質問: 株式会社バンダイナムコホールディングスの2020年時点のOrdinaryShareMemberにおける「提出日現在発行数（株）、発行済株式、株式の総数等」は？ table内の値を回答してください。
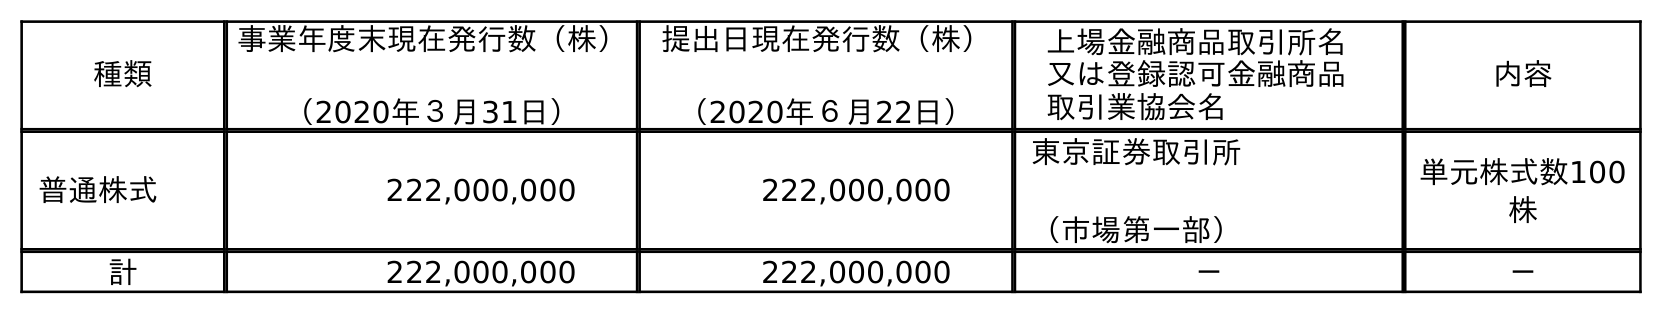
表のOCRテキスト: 種類 事業年度末現在発行数（株） （2020年３月31日） 提出日現在発行数（株） （2020年６月22日） 上場金融商品取引所名 又は登録認可金融商品 取引業協会名 内容 普通株式 222,000,000 222,000,000 東京証券取引所 （市場第一部） 単元株式数100 株 計 222,000,000 222,000,000 － －
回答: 222,000,000